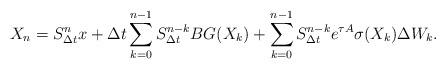
LaTeX: \begin{align*}X_n=S_{\Delta t}^{n}x+\Delta t\sum_{k=0}^{n-1}S_{\Delta t}^{n-k}BG(X_k)+\sum_{k=0}^{n-1}S_{\Delta t}^{n-k}e^{\tau A}\sigma(X_k)\Delta W_k.\end{align*}